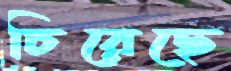
চিরেছে